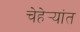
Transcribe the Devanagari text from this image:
चेहेर्‍यांत